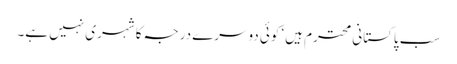
سب پاکستانی محترم ہیں‘ کوئی دوسرے درجہ کا شہری نہیں ہے۔